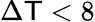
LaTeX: \Delta\mathsf{T}<8